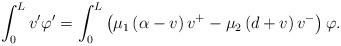
LaTeX: \begin{align*}\int_{0}^{L}v' \varphi'=\int_{0}^{L}\left(\mu_{1}\left(\alpha-v\right)v^{+}-\mu_{2}\left(d+v\right) v^{-}\right)\varphi.\end{align*}